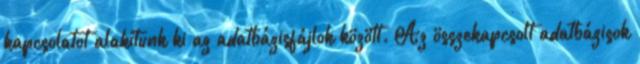
kapcsolatot alakítunk ki az adatbázisfájlok között. Az összekapcsolt adatbázisok